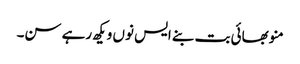
منو بھائی بت بنے ایس نوں ویکھ رہے سن۔